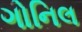
ગોનિલ